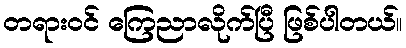
တရားဝင် ကြေညာလိုက်ပြီ ဖြစ်ပါတယ်။